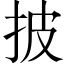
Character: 披